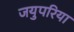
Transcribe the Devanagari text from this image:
जयुपरिया